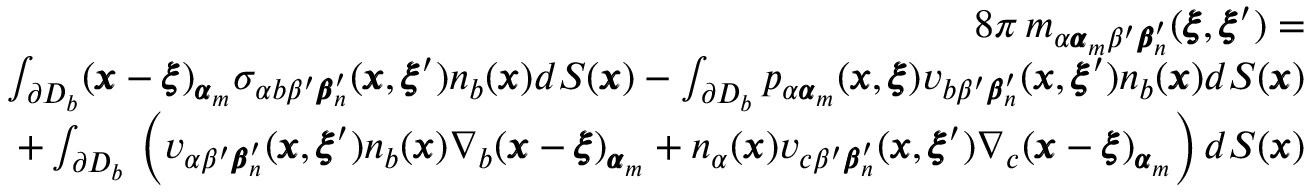
\begin{array} { r l r } & { } & { 8 \pi \, m _ { \alpha { \pmb \alpha } _ { m } \beta ^ { \prime } { \pmb \beta } _ { n } ^ { \prime } } ( { \pmb \xi } , { \pmb \xi } ^ { \prime } ) = } \\ & { } & { \int _ { \partial D _ { b } } ( { \pmb x } - { \pmb \xi } ) _ { { \pmb \alpha } _ { m } } \sigma _ { \alpha b \beta ^ { \prime } { \pmb \beta } _ { n } ^ { \prime } } ( { \pmb x } , { \pmb \xi } ^ { \prime } ) n _ { b } ( { \pmb x } ) d S ( { \pmb x } ) - \int _ { \partial D _ { b } } p _ { \alpha { \pmb \alpha } _ { m } } ( { \pmb x } , { \pmb \xi } ) v _ { b \beta ^ { \prime } { \pmb \beta } _ { n } ^ { \prime } } ( { \pmb x } , { \pmb \xi } ^ { \prime } ) n _ { b } ( { \pmb x } ) d S ( { \pmb x } ) } \\ & { } & { + \int _ { \partial D _ { b } } \, \left( v _ { \alpha \beta ^ { \prime } { \pmb \beta } _ { n } ^ { \prime } } ( { \pmb x } , { \pmb \xi } ^ { \prime } ) n _ { b } ( { \pmb x } ) \nabla _ { b } ( { \pmb x } - { \pmb \xi } ) _ { { \pmb \alpha } _ { m } } + n _ { \alpha } ( { \pmb x } ) v _ { c \beta ^ { \prime } { \pmb \beta } _ { n } ^ { \prime } } ( { \pmb x } , { \pmb \xi } ^ { \prime } ) \nabla _ { c } ( { \pmb x } - { \pmb \xi } ) _ { { \pmb \alpha } _ { m } } \right) d S ( { \pmb x } ) } \end{array}